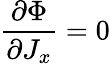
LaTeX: \frac{\partial\Phi}{\partial J_{x}}=0